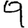
Digit: 9